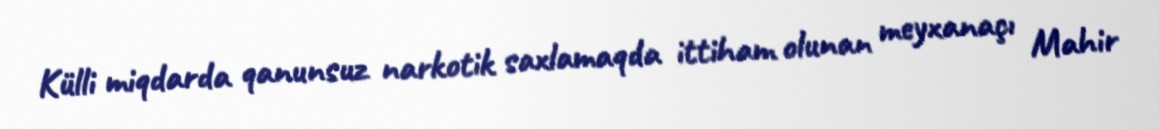
Külli miqdarda qanunsuz narkotik saxlamaqda ittiham olunan meyxanaçı Mahir